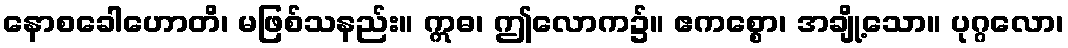
နောစခေါဟောတိ၊ မဖြစ်သနည်း။ ဣဓ၊ ဤလောက၌။ ဧကစ္စော၊ အချို့သော။ ပုဂ္ဂလော၊